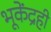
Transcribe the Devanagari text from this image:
भूकेंद्रही